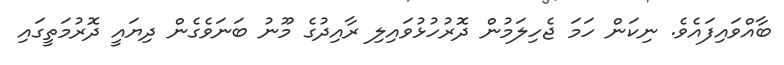
ބާއްވައިފައެވެ. ނިކަން ހަމަ ޖެހިލަމުން ދޮރުހުޅުވައިލި ރާއިދުގެ މޫނު ބަނަވެގެން ދިޔައީ ދޮރުމަތީގައި